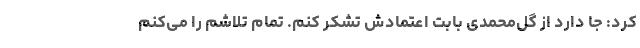
کرد: جا دارد از گل‌محمدی بابت اعتمادش تشکر کنم. تمام تلاشم را می‌کنم